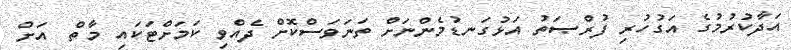
އަދާކުރުމުގެ އަގުހުރި ފުރްޞަތު އަޅުގަނޑުމެންނަށް ތަނަވަސްކޮށް ދެއްވި ކަމަށްޓަކައި މާތް  އަށް